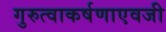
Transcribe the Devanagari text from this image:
गुरुत्वाकर्षणाएवजी